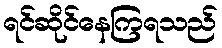
ရင်ဆိုင်နေကြရသည်